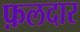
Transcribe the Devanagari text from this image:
फ़लदार